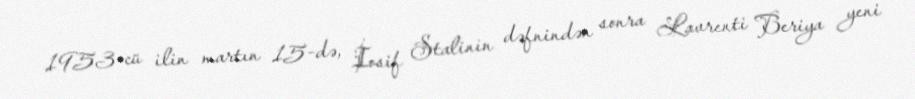
1953-cü ilin martın 15-də, İosif Stalinin dəfnindən sonra Lavrenti Beriya yeni